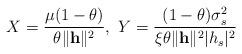
LaTeX: \begin{align*}X = \frac{\mu (1 - \theta)}{\theta \|\mathbf{h}\|^{2}},~ Y = \frac{(1 - \theta) \sigma_{s}^{2}}{\xi \theta \|\mathbf{h}\|^{2} |h_{s}|^{2}}\end{align*}